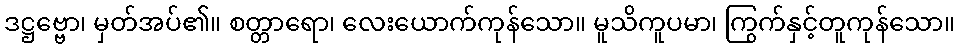
ဒဋ္ဌဗ္ဗော၊ မှတ်အပ်၏။ စတ္တာရော၊ လေးယောက်ကုန်သော။ မူသိကူပမာ၊ ကြွက်နှင့်တူကုန်သော။